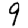
Digit: 9